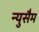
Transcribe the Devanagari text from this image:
न्युसैम